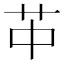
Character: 𦬕